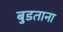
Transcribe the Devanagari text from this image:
बुडताना